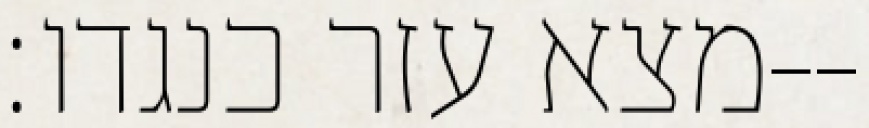
מצא עזר כנגדו׃--